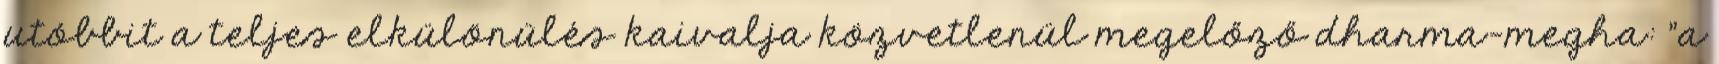
utóbbit a teljes elkülönülés kaivalja közvetlenül megelőző dharma-megha: "a